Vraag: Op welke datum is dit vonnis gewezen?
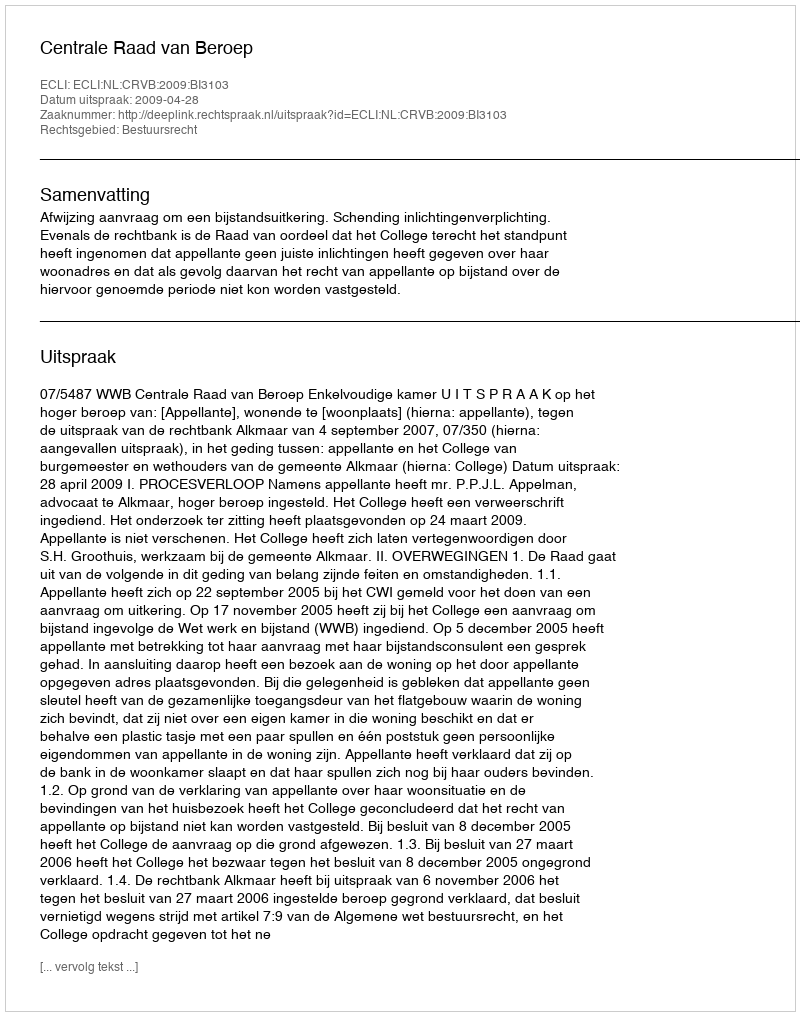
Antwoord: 2009-04-28